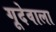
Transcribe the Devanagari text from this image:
गूदेवाला